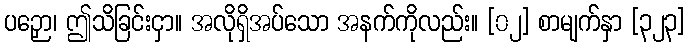
ပဉှော၊ ဤသိခြင်းငှာ။ အလိုရှိအပ်သော အနက်ကိုလည်း။ [၀၂] စာမျက်နှာ [၃၂၃]